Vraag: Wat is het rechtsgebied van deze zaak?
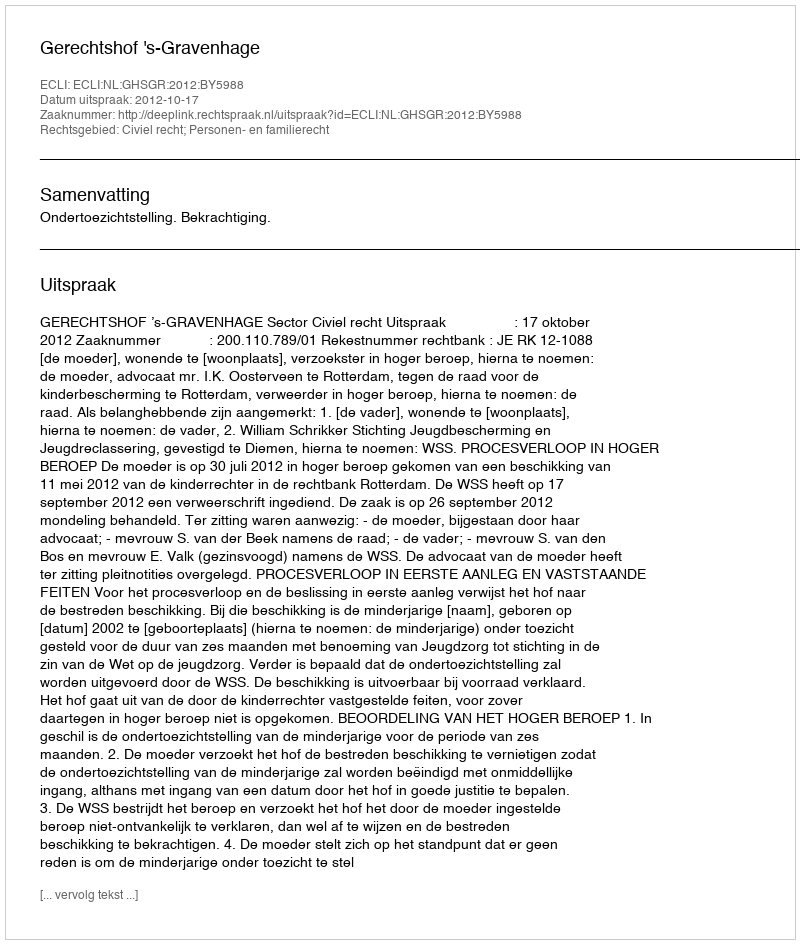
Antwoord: Civiel recht; Personen- en familierecht